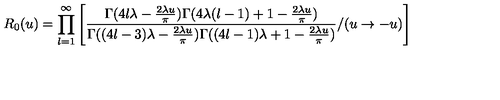
R _ { 0 } ( u ) = \prod _ { l = 1 } ^ { \infty } \left[ \frac { \Gamma ( 4 l \lambda - \frac { 2 \lambda u } { \pi } ) \Gamma ( 4 \lambda ( l - 1 ) + 1 - \frac { 2 \lambda u } { \pi } ) } { \Gamma ( ( 4 l - 3 ) \lambda - \frac { 2 \lambda u } { \pi } ) \Gamma ( ( 4 l - 1 ) \lambda + 1 - \frac { 2 \lambda u } { \pi } ) } / ( u \to - u ) \right]